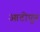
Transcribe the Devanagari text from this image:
आटोपुन